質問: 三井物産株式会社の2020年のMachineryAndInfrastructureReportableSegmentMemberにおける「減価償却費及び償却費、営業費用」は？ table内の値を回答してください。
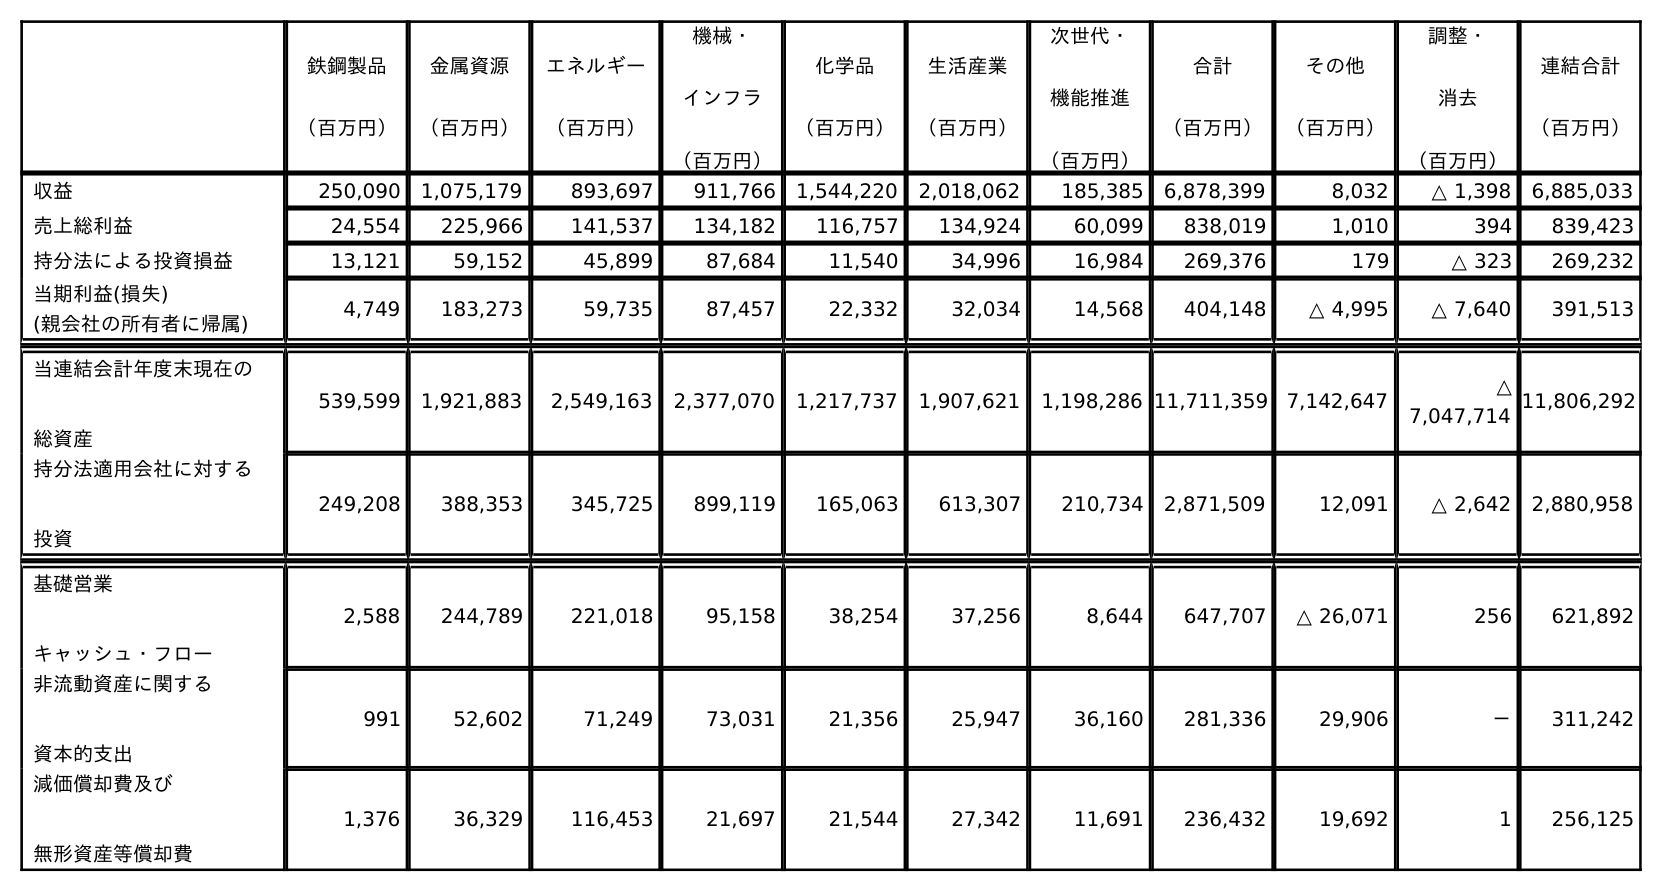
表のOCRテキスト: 鉄鋼製品 （百万円） 金属資源 （百万円） エネルギー （百万円） 機械・ インフラ （百万円） 化学品 （百万円） 生活産業 （百万円） 次世代・ 機能推進 （百万円） 合計 （百万円） その他 （百万円） 調整・ 消去 （百万円） 連結合計 （百万円） 収益 250,090 1,075,179 893,697 911,766 1,544,220 2,018,062 185,385 6,878,399 8,032 △ 1,398 6,885,033 売上総利益 24,554 225,966 141,537 134,182 116,757 134,924 60,099 838,019 1,010 394 839,423 持分法による投資損益 13,121 59,152 45,899 87,684 11,540 34,996 16,984 269,376 179 △ 323 269,232 当期利益(損失)      (親会社の所有者に帰属) 4,749 183,273 59,735 87,457 22,332 32,034 14,568 404,148 △ 4,995 △ 7,640 391,513 当連結会計年度末現在の 総資産 539,599 1,921,883 2,549,163 2,377,070 1,217,737 1,907,621 1,198,286 11,711,359 7,142,647 △ 7,047,714 11,806,292 持分法適用会社に対する 投資 249,208 388,353 345,725 899,119 165,063 613,307 210,734 2,871,509 12,091 △ 2,642 2,880,958 基礎営業 キャッシュ・フロー 2,588 244,789 221,018 95,158 38,254 37,256 8,644 647,707 △ 26,071 256 621,892 非流動資産に関する 資本的支出 991 52,602 71,249 73,031 21,356 25,947 36,160 281,336 29,906 － 311,242 減価償却費及び 無形資産等償却費 1,376 36,329 116,453 21,697 21,544 27,342 11,691 236,432 19,692 1 256,125
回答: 21,697